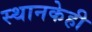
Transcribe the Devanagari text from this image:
स्थानकेही